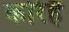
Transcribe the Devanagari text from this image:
करिहैं